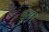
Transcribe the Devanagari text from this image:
मुरुन